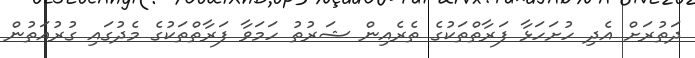
ދަތުރަށް އެދި ހުށަހަޅާ ފަރާތްތަކުގެ ތެރެއިން ޝަރުތު ހަމަވާ ފަރާތްތަކުގެ މެދުގައި ގުރުއަތުން